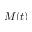
M ( t )